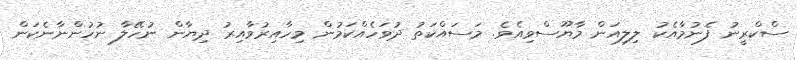
ސްކްރީނު ފެނުމާއެކު ލިލިއަން މާޔޫސްވިއެވެ. މަސައްކަތު ދުވަހެއްކަމުން މިހާއިރުވާއިރު ދިޔާން ނުހޭލާ ނުހުންނާނެކަން